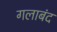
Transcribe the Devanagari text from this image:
गलाबंद